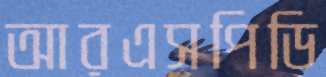
আরএসপিডি